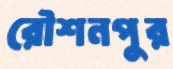
রৌশনপুর